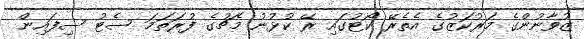
ޒުވާނުންގެ މަރުކަޒުގެ އެތެރޭ ކޯޓުގައި ރޭ ކުޅުނު މެޗުގެ ފުރަތަމަ ސެޓު ސިފައިން